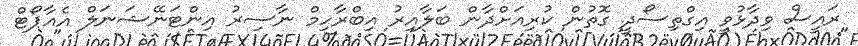
ރައީސް ވިދާޅުވީ އިގްތިސޯދީ ގޮތުން ކުރިއަށްދާން ބަލާއިރު އިބްރާހިމް ނާސިރު އިންޓަނޭޝަނަލް އެއާޕޯޓް